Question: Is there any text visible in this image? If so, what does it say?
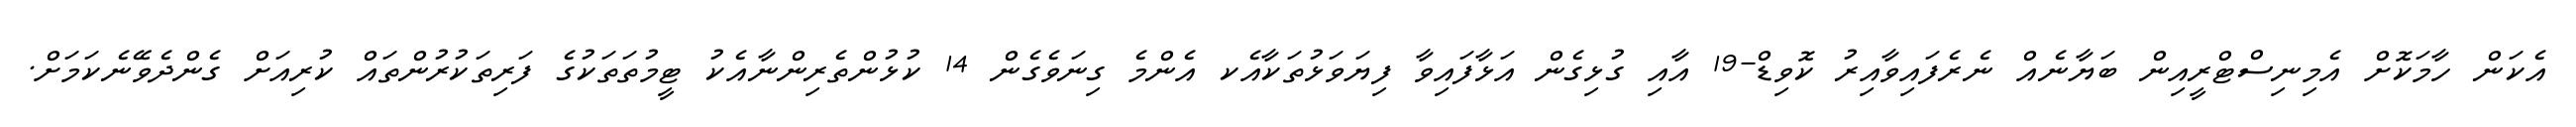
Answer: އެކަން ހާމަކޮށް އެމިނިސްޓްރީއިން ބަޔާނެއް ނެރެފައިވާއިރު ކޮވިޑް-19 އާއި ގުޅިގެން އަޅާފައިވާ ފިޔަވަޅުތަކާއެކ އެންމެ ގިނަވެގެން 14 ކުޅުންތެރިންނާއެކު ޓީމުތަތަކުގެ ފަރިތަކުރުންތައް ކުރިއަށް ގެންދެވޭނެކަމަށް.